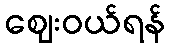
ဈေးဝယ်ရန်